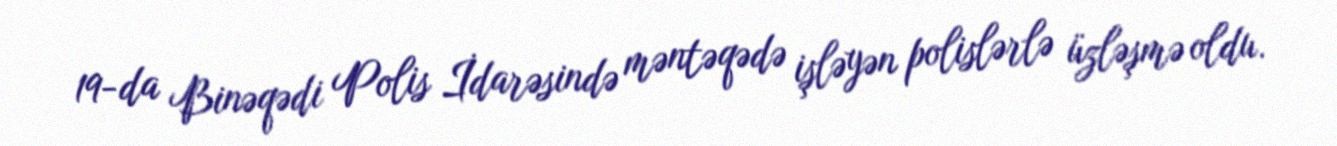
19-da Binəqədi Polis İdarəsində məntəqədə işləyən polislərlə üzləşmə oldu.